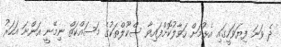
ދެ ވަނަ ފިޔަވަހީގައި އެޅުމަށް ހަވާލުކޮށްފައިވާ ސްކޫލްތަކުގެ މަސައްކަތް ނިމޭނީ އަންނަ އަހަރު